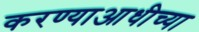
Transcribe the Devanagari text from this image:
करण्याआधीच्या